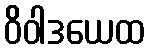
ဝိဝါဒယေထ